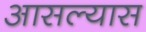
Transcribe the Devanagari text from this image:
आसल्यास